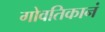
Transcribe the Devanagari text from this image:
गोवतिकानं